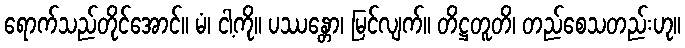
ရောက်သည်တိုင်အောင်။ မံ၊ ငါ့ကို။ ပဿန္တော၊ မြင်လျက်။ တိဋ္ဌတူတိ၊ တည်စေသတည်းဟု။